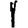
Digit: 1